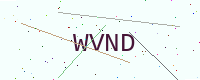
Text: WVND